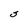
Character: S